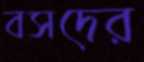
বসদের